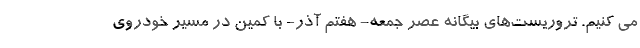
می کنیم. تروریست‌های بیگانه عصر جمعه- هفتم آذر- با کمین در مسیر خودروی